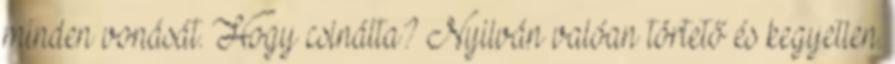
minden vonását. Hogy csinálta? Nyilván valóan törtető és kegyetlen.